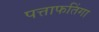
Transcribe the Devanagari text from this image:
पत्ताफतिंगा